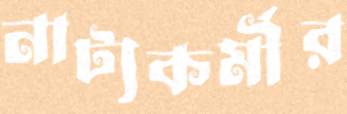
নাট্যকর্মীর